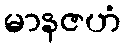
မာနဇဟံ